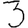
Digit: 3